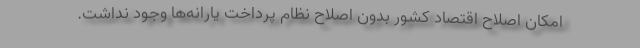
امکان اصلاح اقتصاد کشور بدون اصلاح نظام پرداخت یارانه‌ها وجود نداشت.